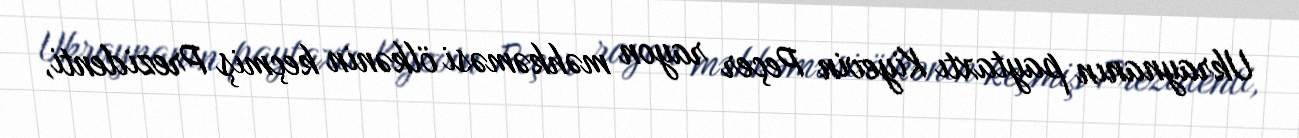
Ukraynanın paytaxtı Kiyevin Peçer rayon məhkəməsi ölkənin keçmiş Prezidenti,